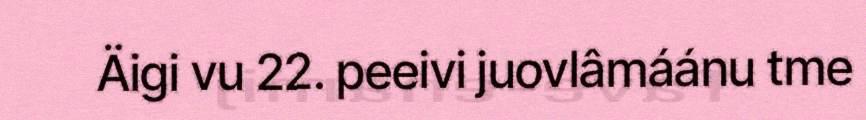
Äigi vu 22. peeivi juovlâmáánu tme